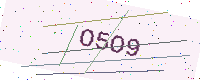
Text: O5O9